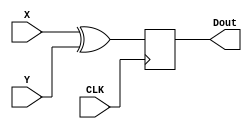
`timescale 1ns / 1ps

////////////////////////////////////////////////////////////////////////
//
//  This file is part of Descrypt Ztex Bruteforcer
//  Copyright (C) 2014 Alexey Osipov <giftsungiv3n at gmail dot com>
//
//  This program is free software: you can redistribute it and/or modify
//  it under the terms of the GNU General Public License as published by
//  the Free Software Foundation, either version 3 of the License, or
//  (at your option) any later version.
//
//  This program is distributed in the hope that it will be useful,
//  but WITHOUT ANY WARRANTY; without even the implied warranty of
//  MERCHANTABILITY or FITNESS FOR A PARTICULAR PURPOSE. See the
//  GNU General Public License for more details.
//
//  You should have received a copy of the GNU General Public License
//  along with this program. If not, see <http://www.gnu.org/licenses/>.
//
////////////////////////////////////////////////////////////////////////

module xor_32(
    input [31:0] X,
    input [31:0] Y,
    output reg [31:0] Dout,
    input CLK
    );

always @(posedge CLK)
begin
	Dout <= X ^ Y;
end
endmodule